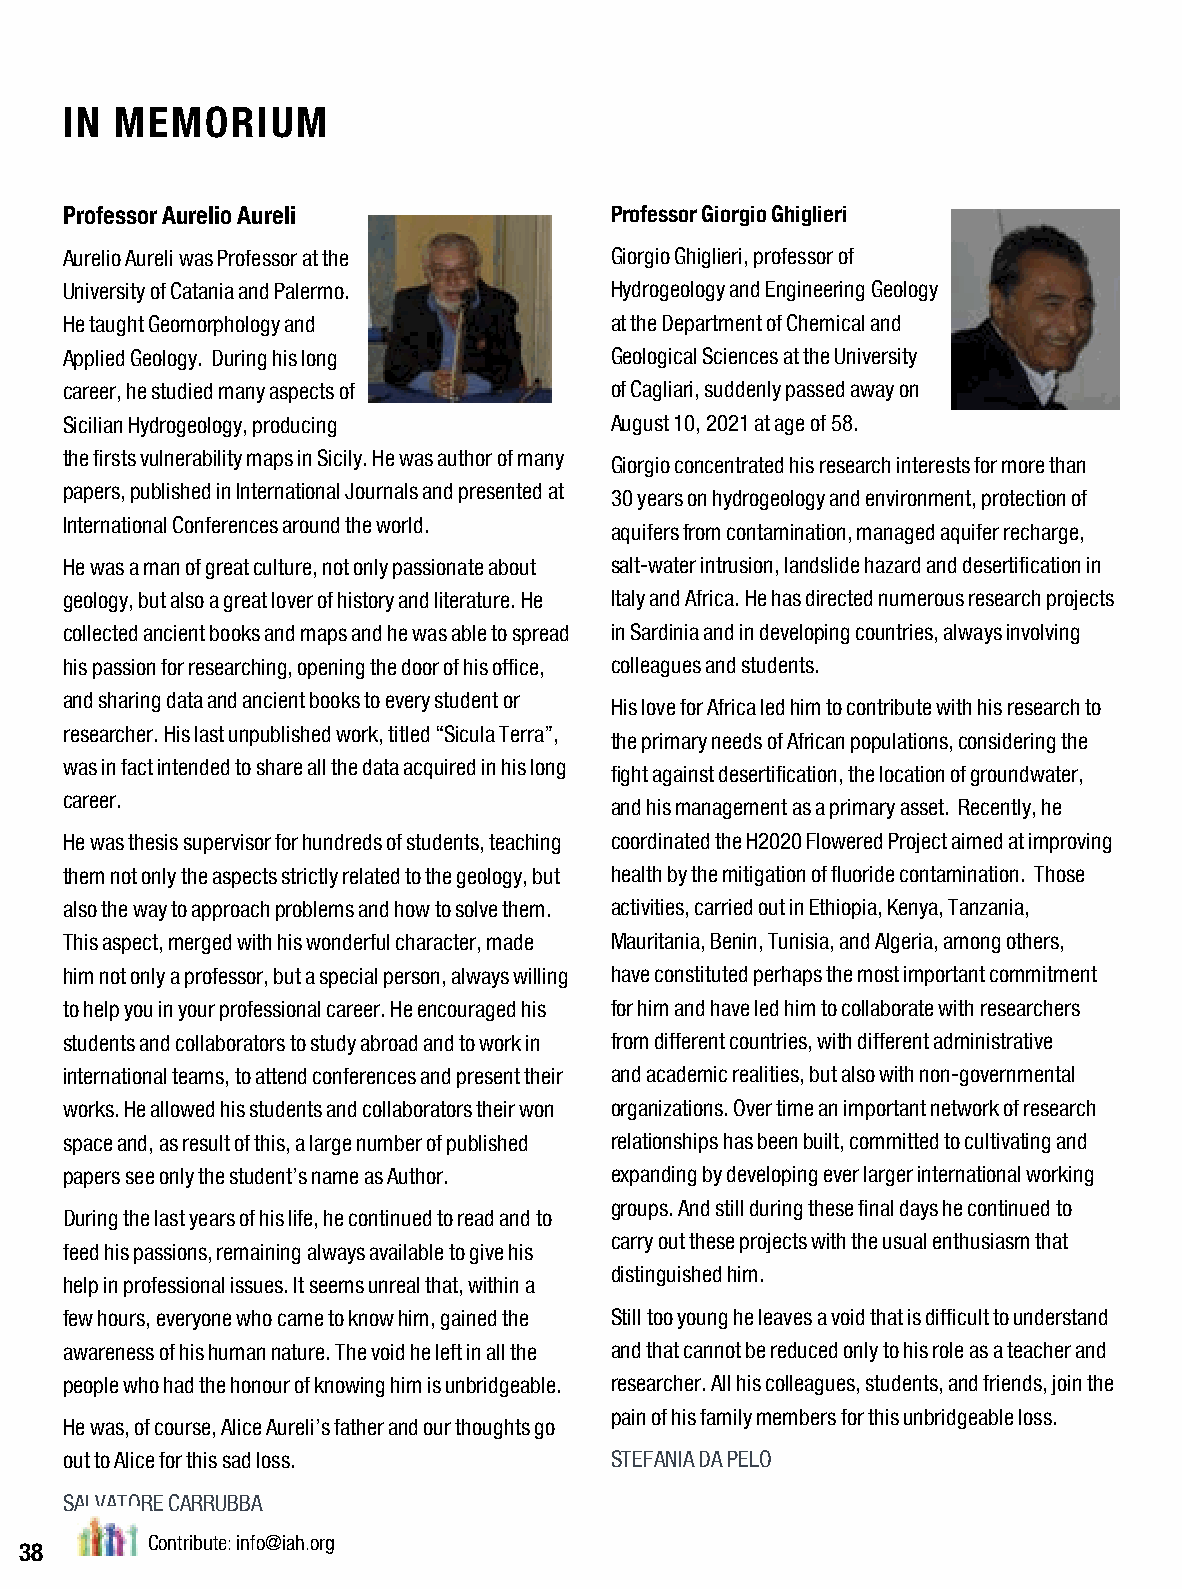
IN  MEMORIUM
 Professor Aurelio Aureli            Professor Giorgio Ghiglieri
 Aurelio Aureli was Professor at the Giorgio Ghiglieri, professor of
 University of Catania and Palermo.  Hydrogeology and Engineering Geology
 He taught Geomorphology and         at the Department of Chemical and
 Applied Geology. During his long    Geological Sciences at the University
 career, he studied many aspects of  of Cagliari, suddenly passed away on
 Sicilian Hydrogeology, producing    August 10, 2021 at age of 58.
 the firsts vulnerability maps in Sicily. He was author of many
 Giorgio concentrated his research interests for more than
 papers, published in International Journals and presented at
 30 years on hydrogeology and environment, protection of
 International Conferences around the world.
 aquifers from contamination, managed aquifer recharge,
 He was a man of great culture, not only passionate about salt-water intrusion, landslide hazard and desertification in
 geology, but also a great lover of history and literature. He Italy and Africa. He has directed numerous research projects
 collected ancient books and maps and he was able to spread in Sardinia and in developing countries, always involving
 his passion for researching, opening the door of his office, colleagues and students.
 and sharing data and ancient books to every student or
 His love for Africa led him to contribute with his research to
 researcher. His last unpublished work, titled “Sicula Terra”,
 the primary needs of African populations, considering the
 was in fact intended to share all the data acquired in his long
 fight against desertification, the location of groundwater,
 career.
 and his management as a primary asset. Recently, he
 He was thesis supervisor for hundreds of students, teaching coordinated the H2020 Flowered Project aimed at improving
 them not only the aspects strictly related to the geology, but health by the mitigation of fluoride contamination. Those
 also the way to approach problems and how to solve them. activities, carried out in Ethiopia, Kenya, Tanzania,
 This aspect, merged with his wonderful character, made Mauritania, Benin, Tunisia, and Algeria, among others,
 him not only a professor, but a special person, always willing have constituted perhaps the most important commitment
 to help you in your professional career. He encouraged his for him and have led him to collaborate with researchers
 students and collaborators to study abroad and to work in from different countries, with different administrative
 international teams, to attend conferences and present their and academic realities, but also with non-governmental
 works. He allowed his students and collaborators their won organizations. Over time an important network of research
 space and, as result of this, a large number of published relationships has been built, committed to cultivating and
 papers see only the student’s name as Author. expanding by developing ever larger international working
 groups. And still during these final days he continued to
 During the last years of his life, he continued to read and to
 carry out these projects with the usual enthusiasm that
 feed his passions, remaining always available to give his
 distinguished him.
 help in professional issues. It seems unreal that, within a
 few hours, everyone who came to know him, gained the Still too young he leaves a void that is difficult to understand
 awareness of his human nature. The void he left in all the and that cannot be reduced only to his role as a teacher and
 people who had the honour of knowing him is unbridgeable. researcher. All his colleagues, students, and friends, join the
 pain of his family members for this unbridgeable loss.
 He was, of course, Alice Aureli’s father and our thoughts go
 out to Alice for this sad loss.     STEFANIA DA PELO
 SALVATORE CARRUBBA
 Contribute: info@iah.org
 38